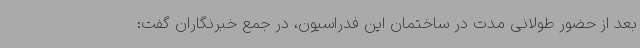
بعد از حضور طولانی مدت در ساختمان این فدراسیون، در جمع خبرنگاران گفت: